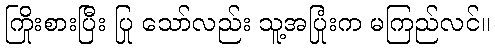
ကြိုးစားပြီး ပြု သော်လည်း သူ့အပြုံးက မကြည်လင်။